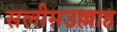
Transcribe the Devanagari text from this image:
सलीमउल्लाह